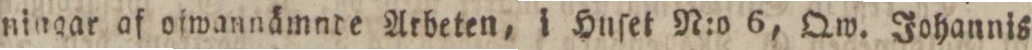
ningar af ofwannämnde Arbeten, i Huſet N:o 6, Qw. Johannis